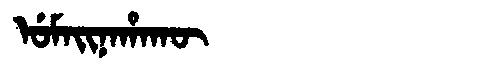
Manchu: ᡠᠮᠠᡳᠨᠠᡥᠠᡴᡡ
Romanization: UMAINAHAKŪ